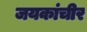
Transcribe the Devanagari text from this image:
जयकांचीर